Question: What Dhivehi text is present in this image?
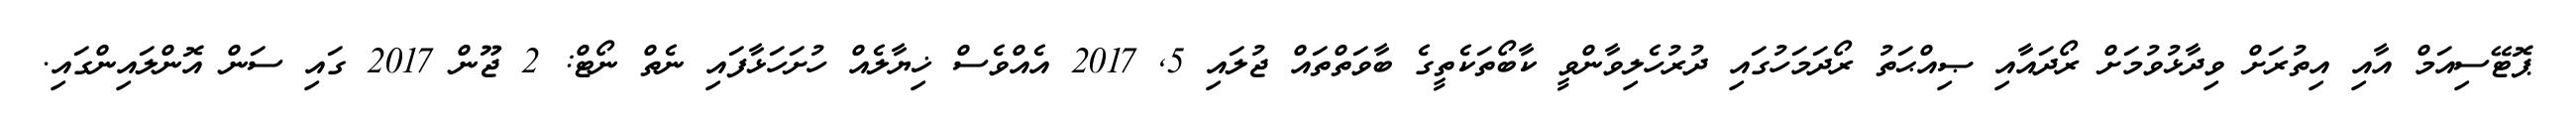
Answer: ޕޮޓޭސިއަމް އާއި އިތުރަށް ވިދާޅުވުމަށް ރޯދައާއި ޞިއްޙަތު ރޯދަމަހުގައި ދުރުހެލިވާންވީ ކާބޯތަކެތީގެ ބާވަތްތައް ޖުލައި 5, 2017 އެއްވެސް ޚިޔާލެއް ހުށަހަޅާފައި ނެތް ނޯޓް: 2 ޖޫން 2017 ގައި ސަން އޮންލައިންގައި.